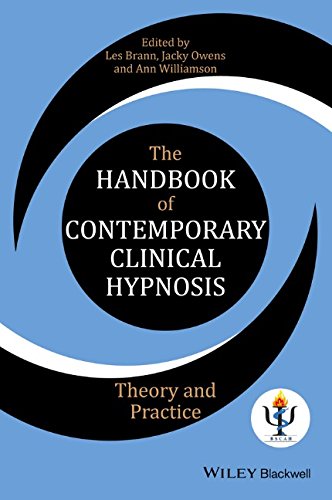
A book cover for The Handbook of Contemporary Clinical Hypnosis: Theory and Practice; Health, Fitness & Dieting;